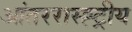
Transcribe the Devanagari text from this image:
आंतररास्ह्ट्रीय